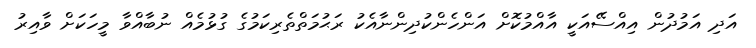
އަދި އަމުދުން އިއްސޭއަކީ އާއްމުކޮށް އަންހެންކުދިންނާއެކު ރަޙުމަތްތެރިކަމުގެ ގުޅުމެއް ނުބާއްވާ މީހަކަށް ވާއިރު